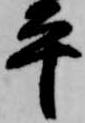
平